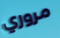
مروري